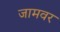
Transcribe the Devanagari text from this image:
जामवर